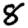
Digit: 8